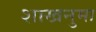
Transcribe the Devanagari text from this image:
शाखनुमा